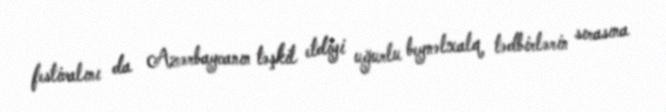
festivalını da Azərbaycanın təşkil etdiyi uğurlu beynəlxalq tədbirlərin sırasına